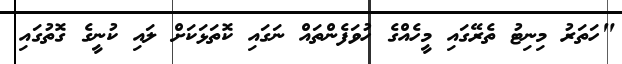
"ހަތަރު މިނިޓު ތެރޭގައި މީހެއްގެ ހުވަފެންތައް ނަގައި ކޮތަޅަކަށް ލައި ކުނީގެ ގޮތުގައި